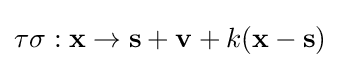
\tau \sigma :\mathbf {x} \to \mathbf {s} +\mathbf {v} +k(\mathbf {x} -\mathbf {s} )